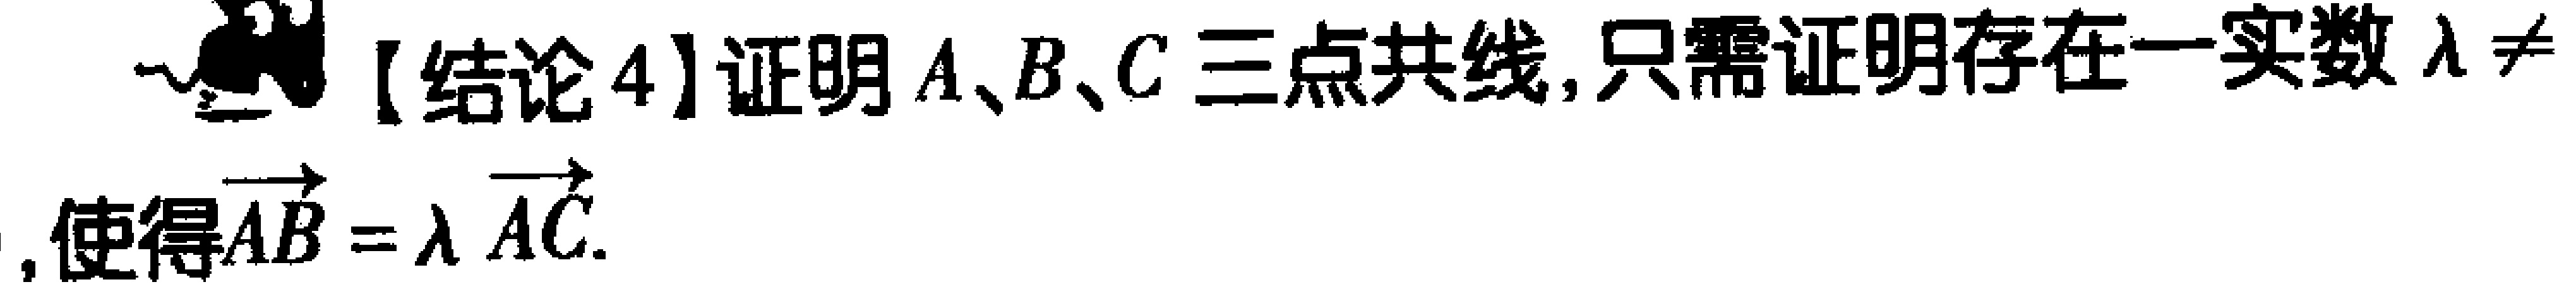
【结论4】证明 \(A、B、C\) 三点共线, 只需证明存在一实数 \(\lambda\neq\)  , 使得\(\overrightarrow{AB} = \lambda \overrightarrow{AC}\).